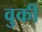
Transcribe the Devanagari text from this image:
वुकी